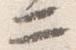
二